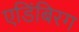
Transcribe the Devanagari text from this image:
एडिंबिरग